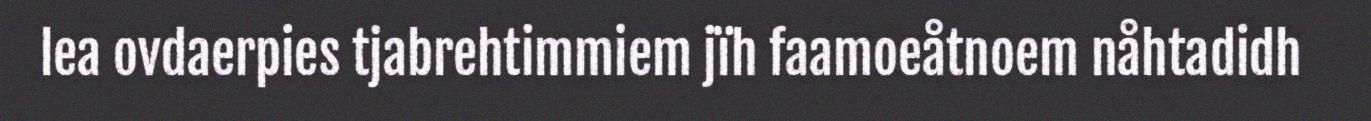
lea ovdaerpies tjabrehtimmiem jïh faamoeåtnoem nåhtadidh